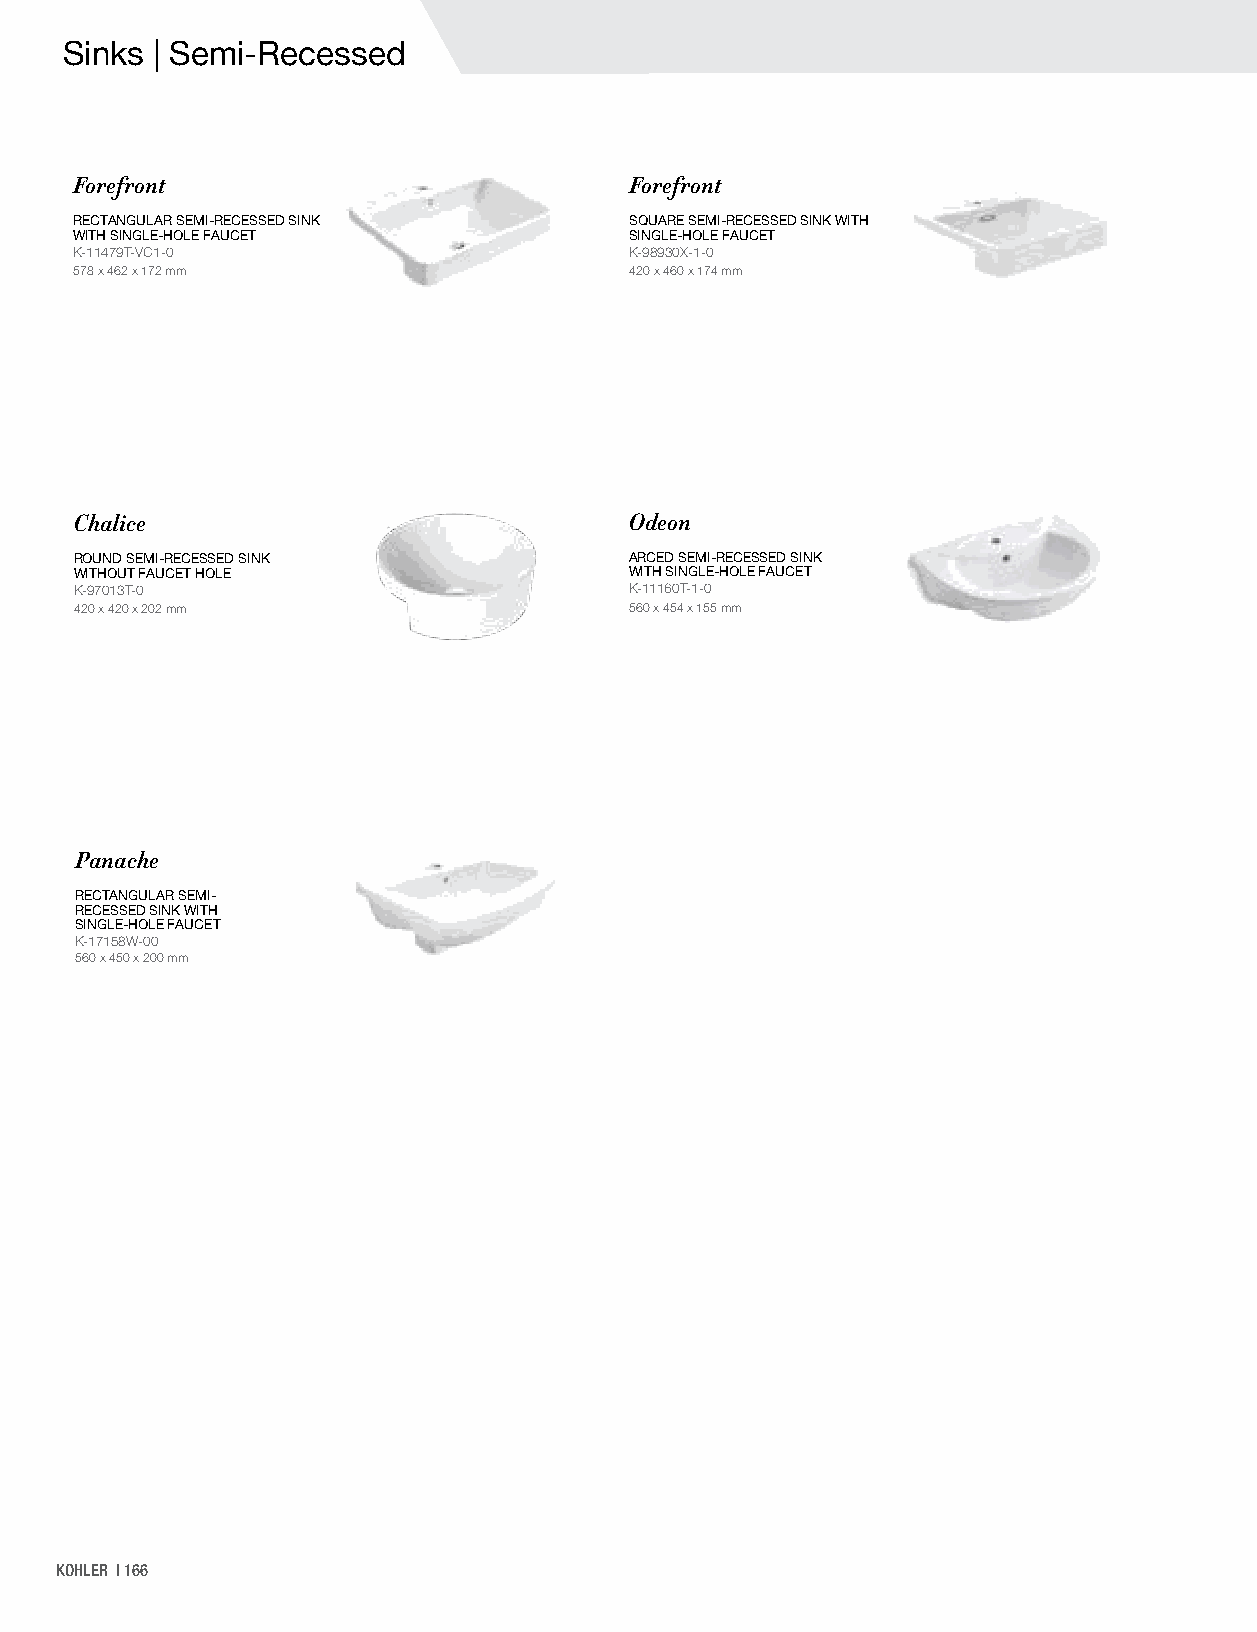
Sinks | Semi-Recessed
 Forefront                            Forefront
 RECTANGULAR SEMI-RECESSED SINK       SQUARE SEMI-RECESSED SINK WITH
 WITH SINGLE-HOLE FAUCET              SINGLE-HOLE FAUCET
 K-11479T-VC1-0                       K-98930X-1-0
 578 x 462 x 172 mm                   420 x 460 x 174 mm
 Chalice                              Odeon
 ROUND SEMI-RECESSED SINK             ARCED SEMI-RECESSED SINK
 WITHOUT FAUCET HOLE                  WITH SINGLE-HOLE FAUCET
 K-97013T-0                           K-11160T-1-0
 420 x 420 x 202 mm                   560 x 454 x 155 mm
 Panache
 RECTANGULAR SEMI-
 RECESSED SINK WITH
 SINGLE-HOLE FAUCET
 K-17158W-00
 560 x 450 x 200 mm
 KOHLER | 166